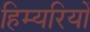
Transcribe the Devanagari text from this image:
हिम्यरियों